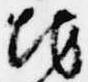
地